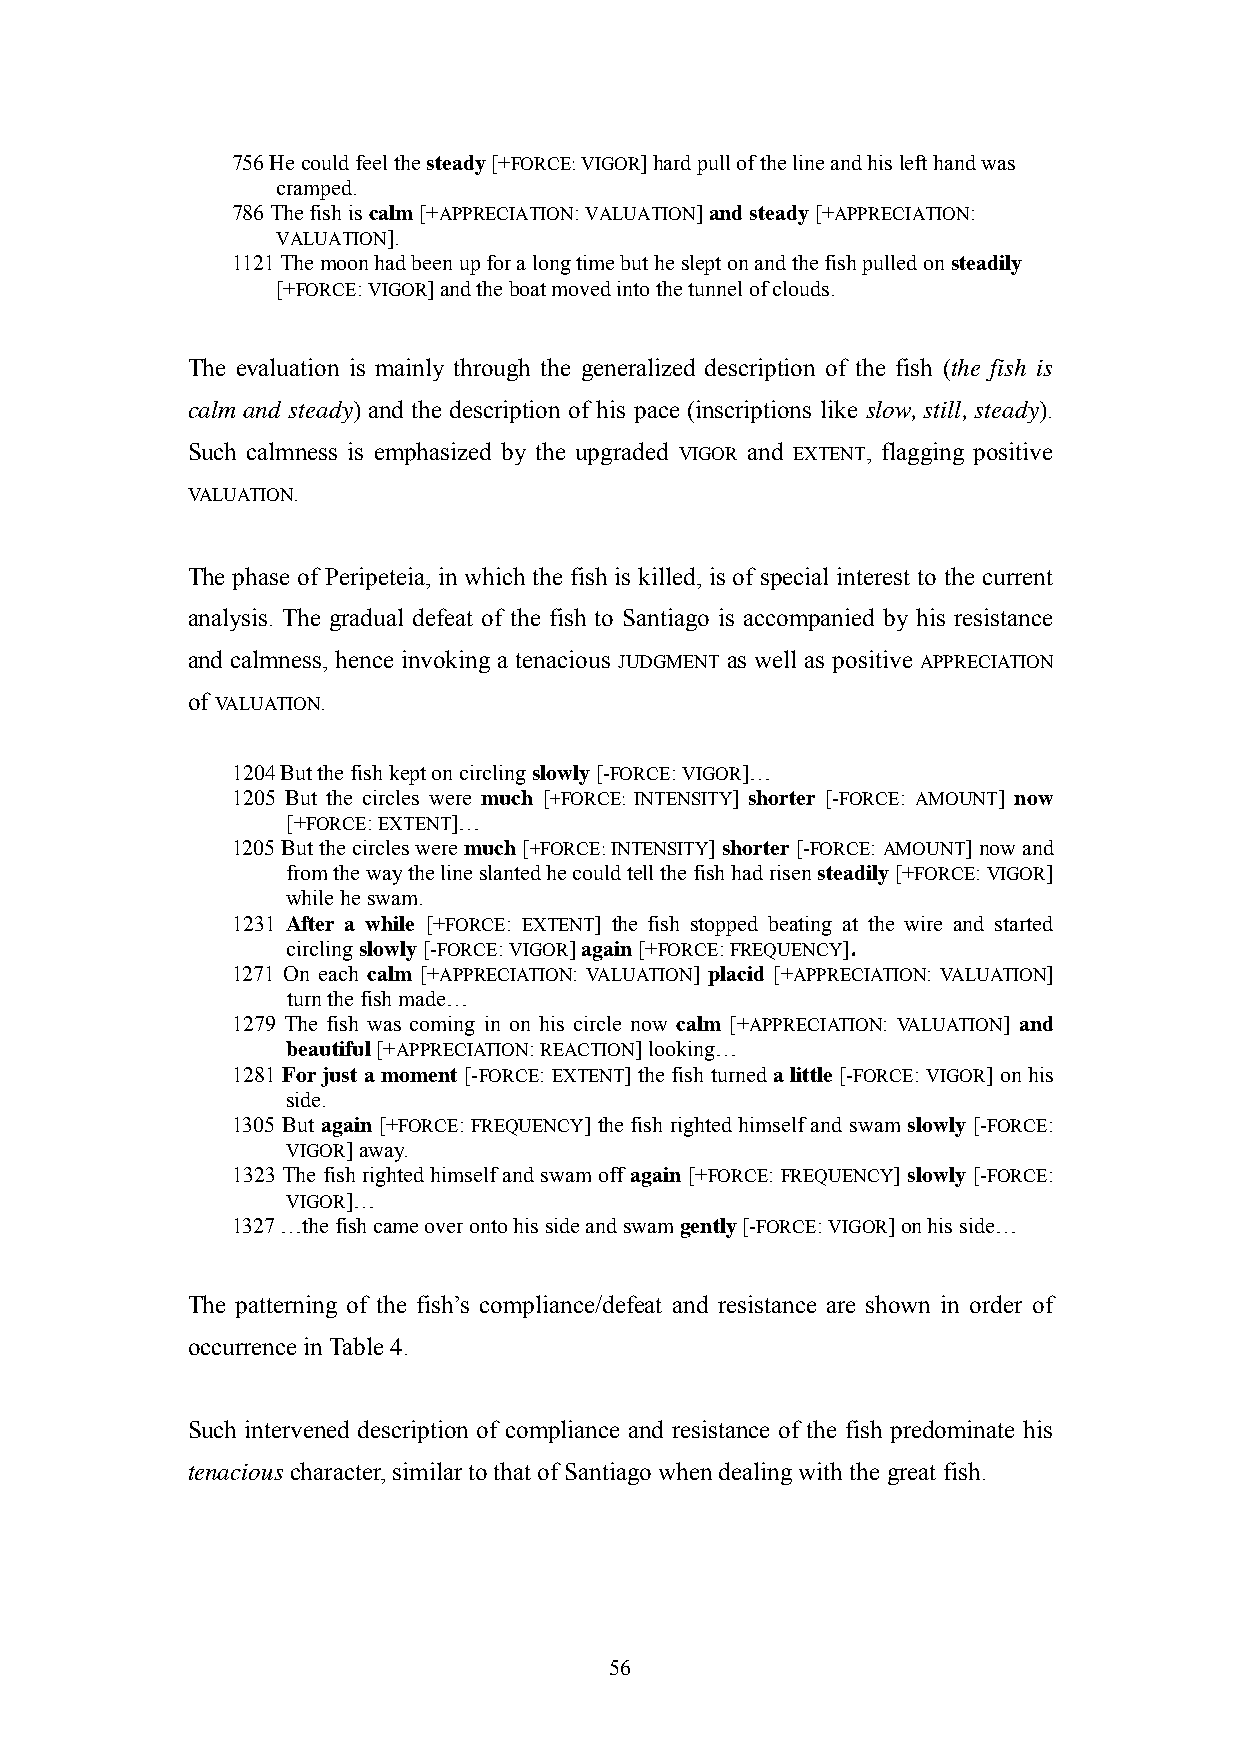
756 He could feel the steady [+FORCE: VIGOR] hard pull of the line and his left hand was
 cramped.
 786 The fish is calm [+APPRECIATION: VALUATION] and steady [+APPRECIATION:
 VALUATION].
 1121 The moon had been up for a long time but he slept on and the fish pulled on steadily
 [+FORCE: VIGOR] and the boat moved into the tunnel of clouds.
 The evaluation is mainly through the generalized description of the fish (the fish is
 calm and steady) and the description of his pace (inscriptions like slow, still, steady).
 Such calmness is emphasized by the upgraded VIGOR and EXTENT, flagging positive
 VALUATION.
 The phase of Peripeteia, in which the fish is killed, is of special interest to the current
 analysis. The gradual defeat of the fish to Santiago is accompanied by his resistance
 and calmness, hence invoking a tenacious JUDGMENT as well as positive APPRECIATION
 of VALUATION.
 1204 But the fish kept on circling slowly [-FORCE: VIGOR]…
 1205 But the circles were much [+FORCE: INTENSITY] shorter [-FORCE: AMOUNT] now
 [+FORCE: EXTENT]…
 1205 But the circles were much [+FORCE: INTENSITY] shorter [-FORCE: AMOUNT] now and
 from the way the line slanted he could tell the fish had risen steadily [+FORCE: VIGOR]
 while he swam.
 1231 After a while [+FORCE: EXTENT] the fish stopped beating at the wire and started
 circling slowly [-FORCE: VIGOR] again [+FORCE: FREQUENCY].
 1271 On each calm [+APPRECIATION: VALUATION] placid [+APPRECIATION: VALUATION]
 turn the fish made…
 1279 The fish was coming in on his circle now calm [+APPRECIATION: VALUATION] and
 beautiful [+APPRECIATION: REACTION] looking…
 1281 For just a moment [-FORCE: EXTENT] the fish turned a little [-FORCE: VIGOR] on his
 side.
 1305 But again [+FORCE: FREQUENCY] the fish righted himself and swam slowly [-FORCE:
 VIGOR] away.
 1323 The fish righted himself and swam off again [+FORCE: FREQUENCY] slowly [-FORCE:
 VIGOR]…
 1327 …the fish came over onto his side and swam gently [-FORCE: VIGOR] on his side…
 The patterning of the fish‘s compliance/defeat and resistance are shown in order of
 occurrence in Table 4.
 Such intervened description of compliance and resistance of the fish predominate his
 tenacious character, similar to that of Santiago when dealing with the great fish.
 56